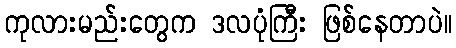
ကုလားမည်းတွေက ဒလပုံကြီး ဖြစ်နေတာပဲ။